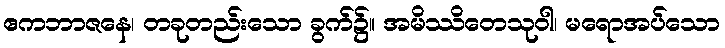
ဧကဘာဇနေ၊ တခုတည်းသော ခွက်၌။ အမိဿိတေသုဝါ၊ မရောအပ်သော